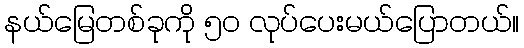
နယ်မြေတစ်ခုကို ၅၀ လုပ်ပေးမယ်ပြောတယ်။